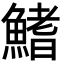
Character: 鰭